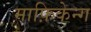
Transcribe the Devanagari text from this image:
माफ़िकेन्ग